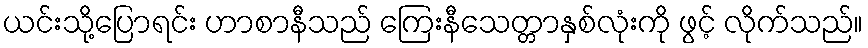
ယင်းသို့ပြောရင်း ဟာစာနီသည် ကြေးနီသေတ္တာနှစ်လုံးကို ဖွင့် လိုက်သည်။